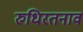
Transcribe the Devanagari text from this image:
रुधिरतनाव